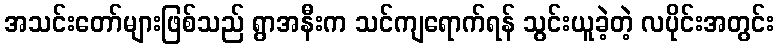
အသင်းတော်များဖြစ်သည် ရွာအနီးက သင်ကျရောက်ရန် သွင်းယူခဲ့တဲ့ လပိုင်းအတွင်း